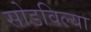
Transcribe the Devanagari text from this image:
सोडविल्या